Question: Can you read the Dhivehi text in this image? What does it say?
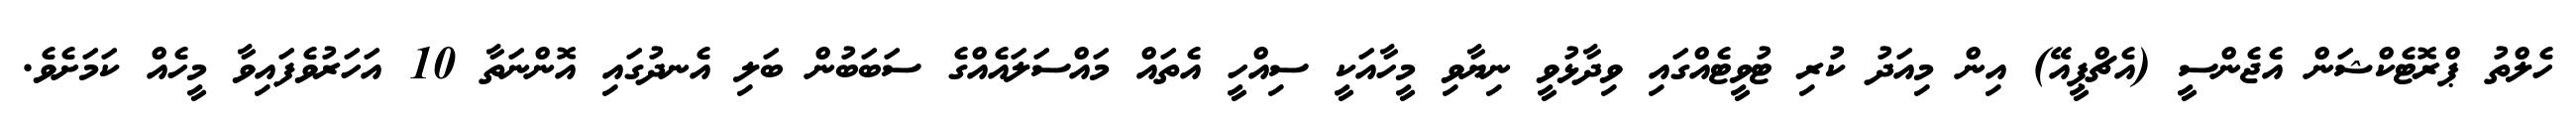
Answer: ހެލްތު ޕްރޮޓެކްޝަން އެޖެންސީ (އެޗްޕީއޭ) އިން މިއަދު ކުރި ޓުވީޓެއްގައި ވިދާޅުވީ ނިޔާވި މީހާއަކީ ސިއްހީ އެތައް މައްސަލައެއްގެ ސަބަބުން ބަލި އެނދުގައި އޮންނަތާ 10 އަހަރުވެފައިވާ މީހެއް ކަމަށެވެ.